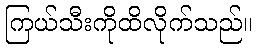
ကြယ်သီးကိုထိလိုက်သည်။